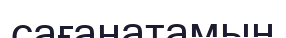
сағанатамын